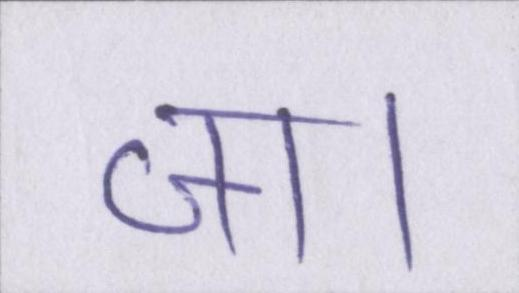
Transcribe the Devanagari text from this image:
जा।